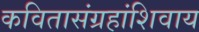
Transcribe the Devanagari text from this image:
कवितासंग्रहांशिवाय